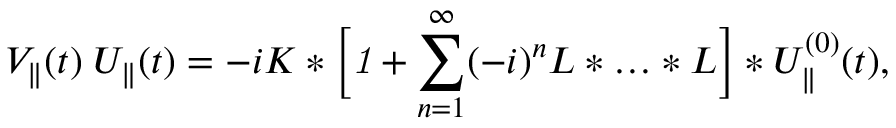
V _ { \parallel } ( t ) \; U _ { \parallel } ( t ) = - i K \ast \Big [ { \it 1 } + \sum _ { n = 1 } ^ { \infty } ( - i ) ^ { n } L \ast \ldots \ast L \Big ] \ast U _ { \parallel } ^ { ( 0 ) } ( t ) ,